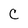
Character: C